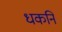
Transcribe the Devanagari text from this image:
धकनि